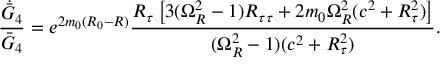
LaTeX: { \frac { \dot { \bar { G } } _ { 4 } } { \bar { G } _ { 4 } } } = e ^ { 2 m _ { 0 } ( R _ { 0 } - R ) } { \frac { R _ { \tau } \left[ 3 ( \Omega _ { R } ^ { 2 } - 1 ) R _ { \tau \tau } + 2 m _ { 0 } \Omega _ { R } ^ { 2 } ( c ^ { 2 } + R _ { \tau } ^ { 2 } ) \right] } { ( \Omega _ { R } ^ { 2 } - 1 ) ( c ^ { 2 } + R _ { \tau } ^ { 2 } ) } } .